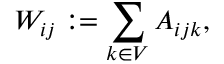
W _ { i j } : = \sum _ { k \in V } A _ { i j k } ,